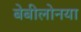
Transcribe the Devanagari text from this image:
बेबीलोनया